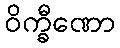
ဝိက္ခီဏော